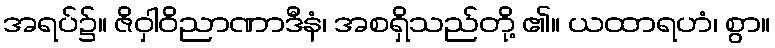
အရပ်၌။ ဇိဝှါဝိညာဏာဒီနံ၊ အစရှိသည်တို့ ၏။ ယထာရဟံ၊ စွာ။